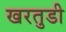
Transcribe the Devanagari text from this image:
खरतुडी